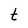
Character: t